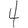
Digit: 4